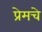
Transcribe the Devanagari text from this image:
प्रेमचे